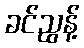
ခင်ညွန့်